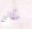
ستأتى